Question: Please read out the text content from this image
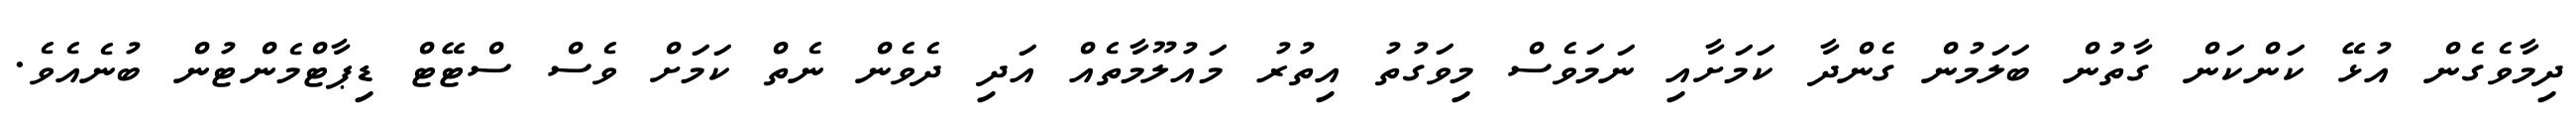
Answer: ދިމާވެގެން އުޅޭ ކަންކަން ގާތުން ބަލަމުން ގެންދާ ކަމަށާއި ނަމަވެސް މިވަގުތު އިތުރު މައުލޫމާތެއް އަދި ދެވެން ނެތް ކަމަށް ވެސް ސްޓޭޓް ޑިޕާޓްމެންޓުން ބުނެއެވެ.